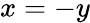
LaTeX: x=-y